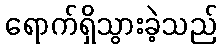
ရောက်ရှိသွားခဲ့သည်